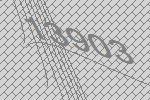
13903